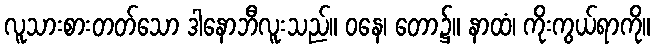
လူသားစားတတ်သော ဒါနောဘီလူးသည်။ ဝနေ၊ တော၌။ နာထံ၊ ကိုးကွယ်ရာကို။